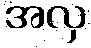
အလှ